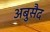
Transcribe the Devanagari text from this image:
अबुसैद